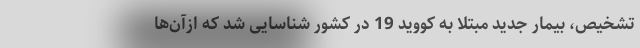
تشخیص، بیمار جدید مبتلا به کووید 19 در کشور شناسایی شد که ازآن‌ها